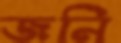
জনি